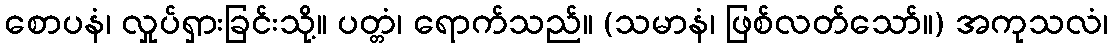
စောပနံ၊ လှုပ်ရှားခြင်းသို့။ ပတ္တံ၊ ရောက်သည်။ (သမာနံ၊ ဖြစ်လတ်သော်။) အကုသလံ၊